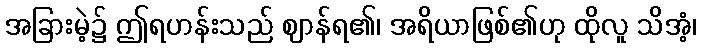
အခြားမဲ့၌ ဤရဟန်းသည် ဈာန်ရ၏၊ အရိယာဖြစ်၏ဟု ထိုလူ သိအံ့၊